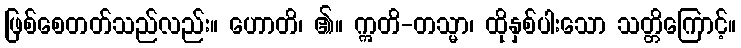
ဖြစ်စေတတ်သည်လည်း။ ဟောတိ၊ ၏။ ဣတိ-တသ္မာ၊ ထိုနှစ်ပါးသော သတ္တိကြောင့်။